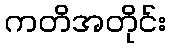
ကတိအတိုင်း